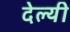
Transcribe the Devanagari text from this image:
देल्यी